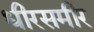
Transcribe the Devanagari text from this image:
धीरसमीर